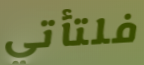
فلتأتي